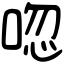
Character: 唿